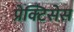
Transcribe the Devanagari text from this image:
प्रेक्टिसेस